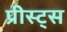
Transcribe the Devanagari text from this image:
प्रीस्ट्स